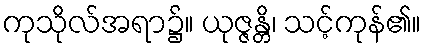
ကုသိုလ်အရာ၌။ ယုဇ္ဇန္တိ၊ သင့်ကုန်၏။